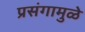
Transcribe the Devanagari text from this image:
प्रसंगामुळे